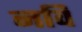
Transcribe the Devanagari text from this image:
नवि